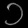
Digit: ၁